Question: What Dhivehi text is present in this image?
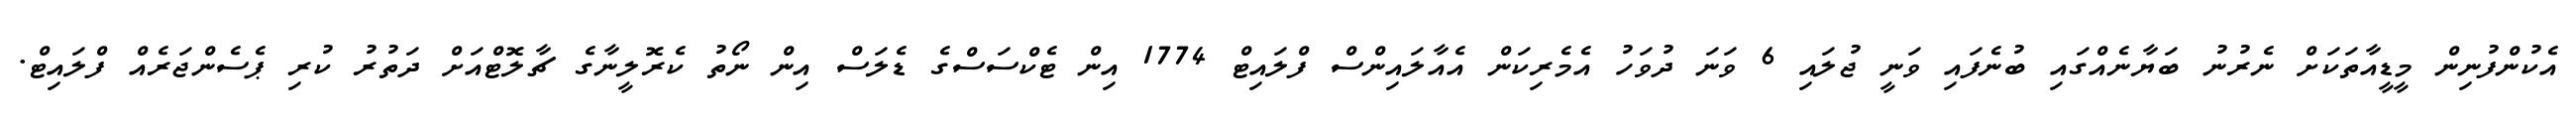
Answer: އެކުންފުނިން މީޑީއާތަކަށް ނެރުނު ބަޔާނެއްގައި ބުނެފައި ވަނީ ޖުލައި 6 ވަނަ ދުވަހު އެމެރިކަން އެއާލައިންސް ފްލައިޓް 1774 އިން ޓެކްސަސްގެ ޑެލަސް އިން ނޯތު ކެރޮލީނާގެ ޗާލޮޓްއަށް ދަތުރު ކުރި ޕެސެންޖަރެއް ފްލައިޓް.